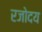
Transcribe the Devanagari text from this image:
रजोदय